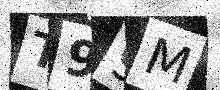
Text: T99M